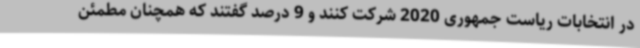
در انتخابات ریاست جمهوری 2020 شرکت کنند و 9 درصد گفتند که همچنان مطمئن